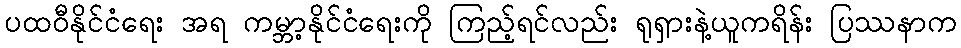
ပထဝီနိုင်ငံရေး အရ ကမ္ဘာ့နိုင်ငံရေးကို ကြည့်ရင်လည်း ရုရှားနဲ့ယူကရိန်း ပြဿနာက